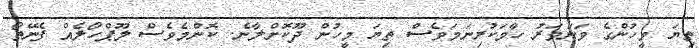
ތިޔަ މީހުންގެ ވަނަވަރު ހާމަކުރިނަމަވެސް ތިޔަ މީހުން ދޫކޮށްލާނެ. ކޮންމެވެސް ލޫޕްހޯލެއް ފެނޭތޯ